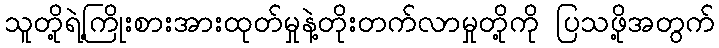
သူတို့ရဲ့ကြိုးစားအားထုတ်မှုနဲ့တိုးတက်လာမှုတို့ကို ပြသဖို့အတွက်